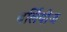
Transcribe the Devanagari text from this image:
बर्लियोज